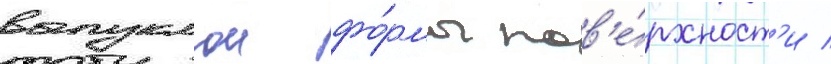
выпуклои фо́рмы пов'е́рхност'и /